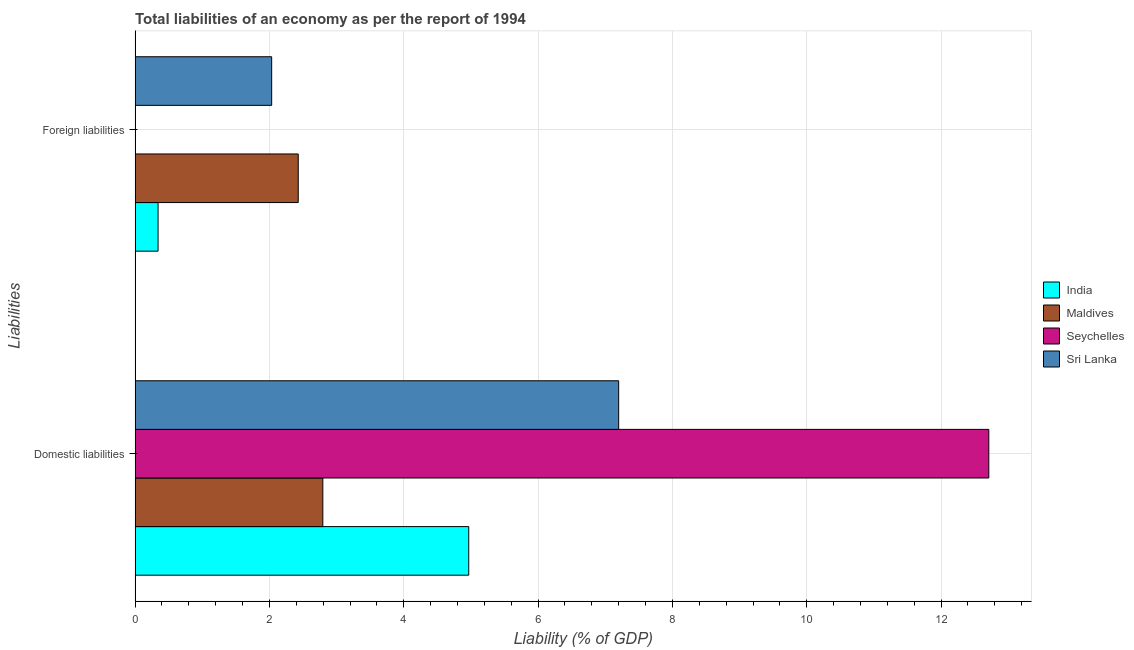
| Liabilities | India | Maldives | Seychelles | Sri Lanka |
 | --- | --- | --- | --- | --- |
 | Domestic liabilities | 4.97 | 2.8 | 12.7 | 7.2 |
 | Foreign liabilities | 0.342 | 2.43 | -0.451 | 2.03 |